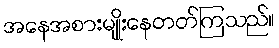
အနေအစားမျိုးနေတတ်ကြသည်။